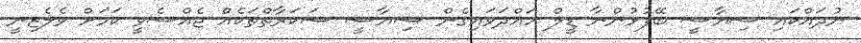
ނުދައްކައި ސިޔާސީ ބޭފުޅުންނާ ޑީލް ހައްދަވައިގެން ސިޔާސީ ސަކަރާތްތަކެއް ޖެއްސެވީ ކަމަށް ވެލެޒިނީ